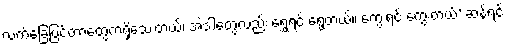
လက်ခြေပြင်တာတွေကရှိသေးတယ်၊ အဲဒါတွေလည်း ရွှေ့ရင် ရွှေ့တယ်။ ကွေးရင် ကွေးတယ်’ ဆန့်ရင်